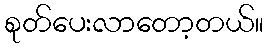
စုတ်ပေးလာတော့တယ်။